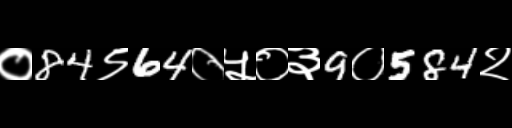
Text: ०84९64०५०३9०584२